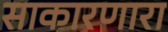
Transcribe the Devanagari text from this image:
साकारणारा